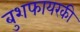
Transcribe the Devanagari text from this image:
बुशफायरकी